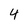
Character: 4